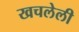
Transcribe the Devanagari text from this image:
खचलेली